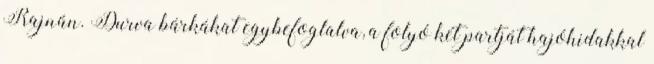
Rajnán. Durva bárkákat egybefoglalva, a folyó két partját hajóhidakkal